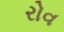
રોવ